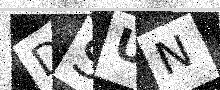
Text: DSUN